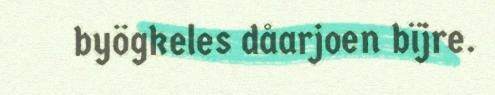
byögkeles dåarjoen bïjre.